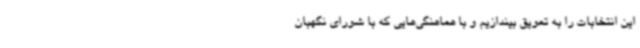
این انتخابات را به تعویق بیندازیم و با هماهنگی‌هایی که با شورای نگهبان